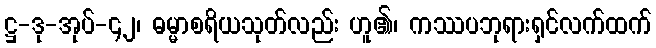
ဋ္ဌ-ဒု-အုပ်-၄၂၊ ဓမ္မာစရိယသုတ်လည်း ဟူ၏၊ ကဿပဘုရားရှင်လက်ထက်